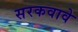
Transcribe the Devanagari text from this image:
सरकवावे